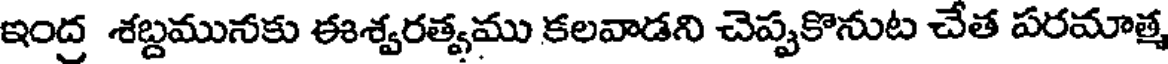
ఇంద్ర శబ్దమునకు ఈశ్వరత్వము కలవాడని చెప్పకొనుట చేత పరమాత్మ